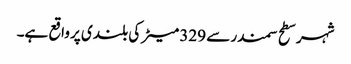
شہر سطح سمندر سے 329 میٹر کی بلندی پر واقع ہے۔